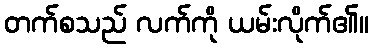
တက်စသည် လက်ကို ယမ်းလိုက်၏။